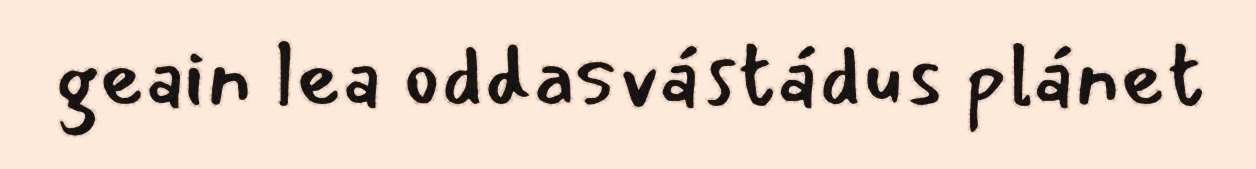
geain lea oddasvástádus plánet